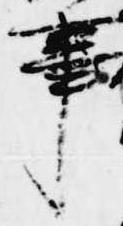
事